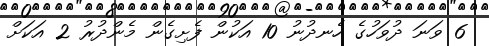
6 ވަނަ ދުވަހުގެ ހެނދުނު 10 އަކުން ފެށިގެން މެންދުރު 2 އަކަށް